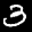
Label: 3